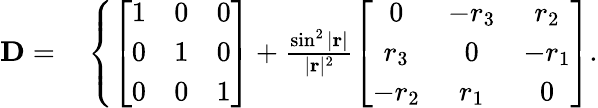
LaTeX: \begin{array}{rl}{\mathbf{D}=}&{{}\left\{ \left[\begin{array}{lll}{1}&{0}&{0}\\ {0}&{1}&{0}\\ {0}&{0}&{1}\end{array}\right]+\frac{\sin^{2}|\mathbf{r}|}{|\mathbf{r}|^{2}}\left[\begin{array}{ccc}{0}&{-r_{3}}&{r_{2}}\\ {r_{3}}&{0}&{-r_{1}}\\ {-r_{2}}&{r_{1}}&{0}\end{array}\right]\right.}\end{array}.